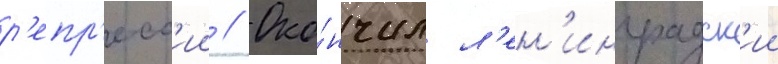
р'епр'есс'ии // Око́нчил л'ен'инградск'ии